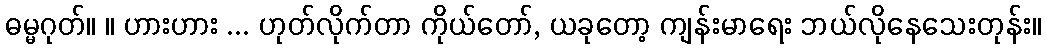
ဓမ္မဂုတ်။ ။ ဟားဟား ... ဟုတ်လိုက်တာ ကိုယ်တော်, ယခုတော့ ကျန်းမာရေး ဘယ်လိုနေသေးတုန်း။